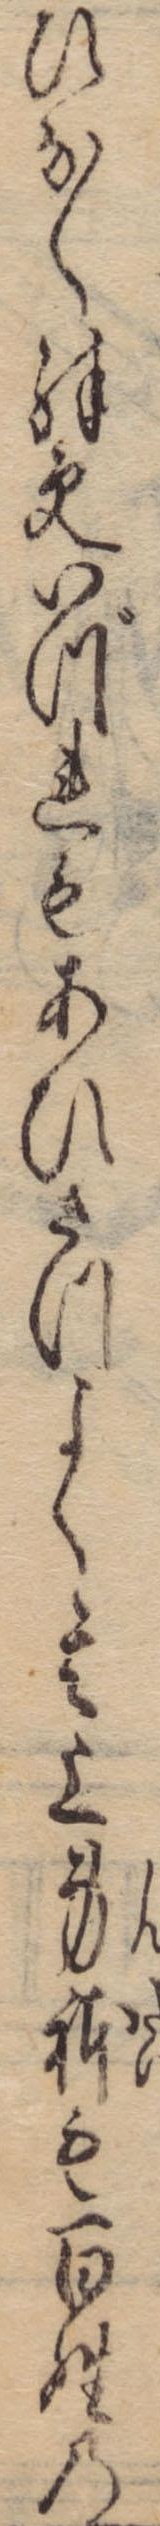
ひなく殊更いづれもあひさつよく其上身体も百姓の